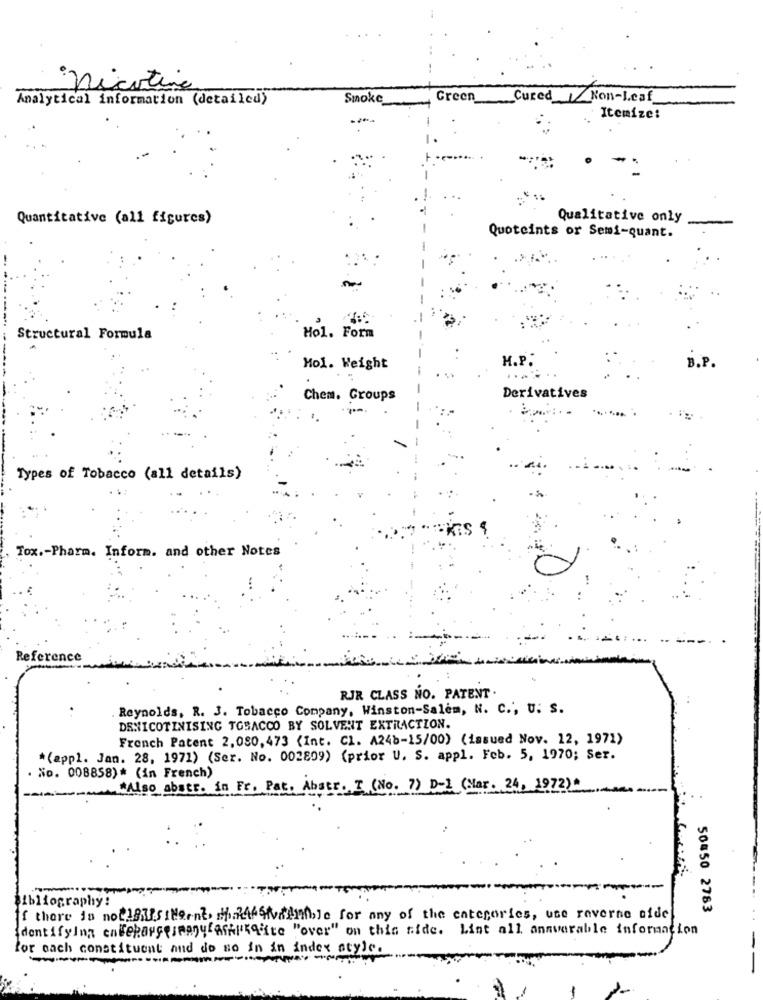
: nicotina
Analytical information (detailed)
Smoke_
Green Cured/Non-Leaf
-
Itemize:
Quantitative (all figures)
Qualitative only
Quoteints or Semi-quant.
Structural Formula
Hol. Form
H.P.
Mol. Weight
B.P.
Chem. Groups
Derivatives
Types of Tobacco (all details)
Tox .- Pharm. Inform. and other Notes
Reference
RJR CLASS NO. PATENT.
Reynolds, R. J. Tobacco Company, Winston-Salem, N. C ., U. S.
DENICOTINISING TOBACCO BY SOLVENT EXTRACTION.
French Patent 2,080, 473 (Int. Cl. A24b-15/00) (issued Nov. 12, 1971)
*(appl. Jan. 28, 1971) (Ser. No. 002809) (prior U. S. appl. Feb. 5, 1970; Ser.
. No. 008858)* (in French)
WAlso abstr. in Fr. Pat. Abstr. I (No. 7) D-1 (Mar. 24, 1972)
.--------
Lography:
50 50 2783
[ there is not!BusiMeent, i.2446Nitinible for any of the categories, use reverse side
identifying enteRougesmany aikikaite "over" on this side. List all answerable information
for each constituent and do so in in index style.
--